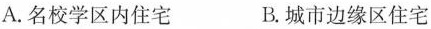
A.名校学区内住宅 B.城市边缘区住宅